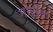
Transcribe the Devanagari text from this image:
मोटोन